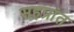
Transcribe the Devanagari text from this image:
सहप्रांत